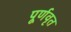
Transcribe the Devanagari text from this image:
पूर्णवृत